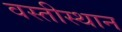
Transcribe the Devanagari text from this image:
वस्तीस्थान